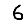
Digit: 6